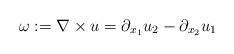
LaTeX: \begin{align*} \omega:=\nabla\times u= \partial_{x_1} u_{2} - \partial_{x_2} u_{1} \end{align*}